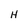
Character: H